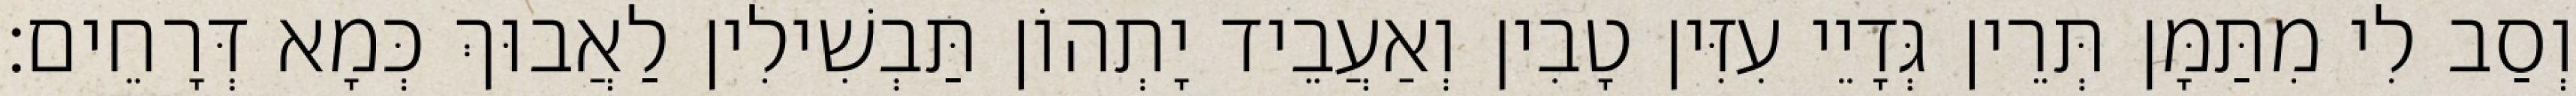
וְסַב לִי מִתַּמָּן תְּרֵין גְּדָיֵי עִזִּין טָבִין וְאַעֲבֵיד יָתְהוֹן תַּבְשִׁילִין לַאֲבוּךְ כְּמָא דְּרָחֵים׃